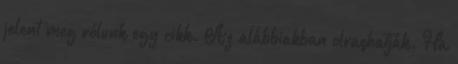
jelent meg rólunk egy cikk. Az alábbiakban olvashatják. Ha